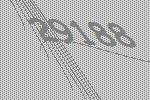
29188